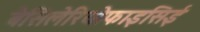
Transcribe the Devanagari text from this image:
बैसिलेरियोफाइसिई